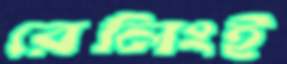
রেলিংই